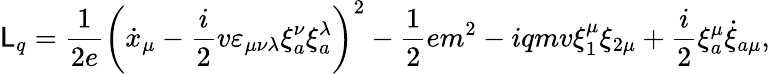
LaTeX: \mathsf{L}_{q}=\frac{{1}}{{2e}}\left(\dot{{x}}_{\mu}-\frac{{i}}{{2}}v\varepsilon_{\mu\nu\lambda}\xi_{a}^{\nu}\xi_{a}^{\lambda}\right)^{2}-\frac{{1}}{{2}}em^{2}-iqmv\xi_{1}^{\mu}\xi_{2\mu}+\frac{{i}}{{2}}\xi_{a}^{\mu}\dot{{\xi}}_{a\mu},